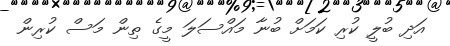
އަދި ބުލީ ކުރި ކަމަށް ބުނާ މައްސަލަ މީގެ ތިން މަސް ކުރިން